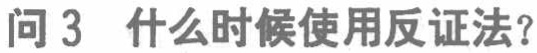
问 3 什么时候使用反证法？